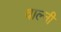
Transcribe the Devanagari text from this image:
वाल्नी